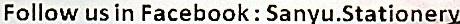
FOLLOW US IN FACEBOOK : SANYU.STATIONERY